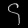
Digit: ၄